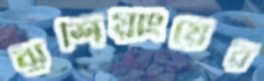
ঝুশিয়াংয়ের